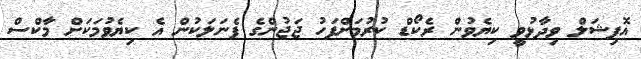
އޮފިޝަލް ވިދާޅުވީ ކިޔެވުން ރެކޯޑް ކުރުމަށްފަހު ޖަޖުންގެ ޕެނަލަކުން އެ ކިޔެވުމަކަށް މާކްސް